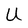
Character: U